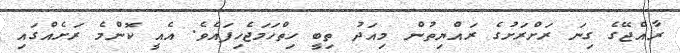
ރާއްޖޭގެ ގިނަ ރަށްރަށުގެ ރައްޔިތުން މިއަދު ތިބީ ހިތްހަމަޖެހިފައެވެ. އެއީ ކޮންމެ ރަށެއްގައި